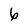
Character: 6